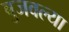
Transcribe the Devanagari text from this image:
बुजवल्या